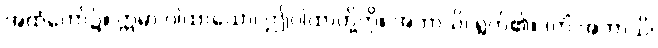
အထံတော်၌။ ဣမာ ဂါထာယော၊ ဤဂါထာတို့ကို။ အဘာသိ၊ ရွတ်၏။ (ကိံ အဘာသိ၊